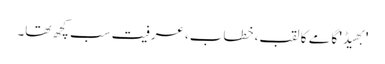
'بھیڈ' گامے کا لقب، خطاب، عرفیت سب کچھ تھا۔